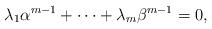
LaTeX: \begin{align*} \lambda_1\alpha^{m-1}+\cdots +\lambda_m\beta^{m-1}=0, \end{align*}